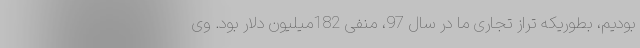
بودیم، بطوریکه تراز تجاری ما در سال 97، منفی 182میلیون دلار بود. وی